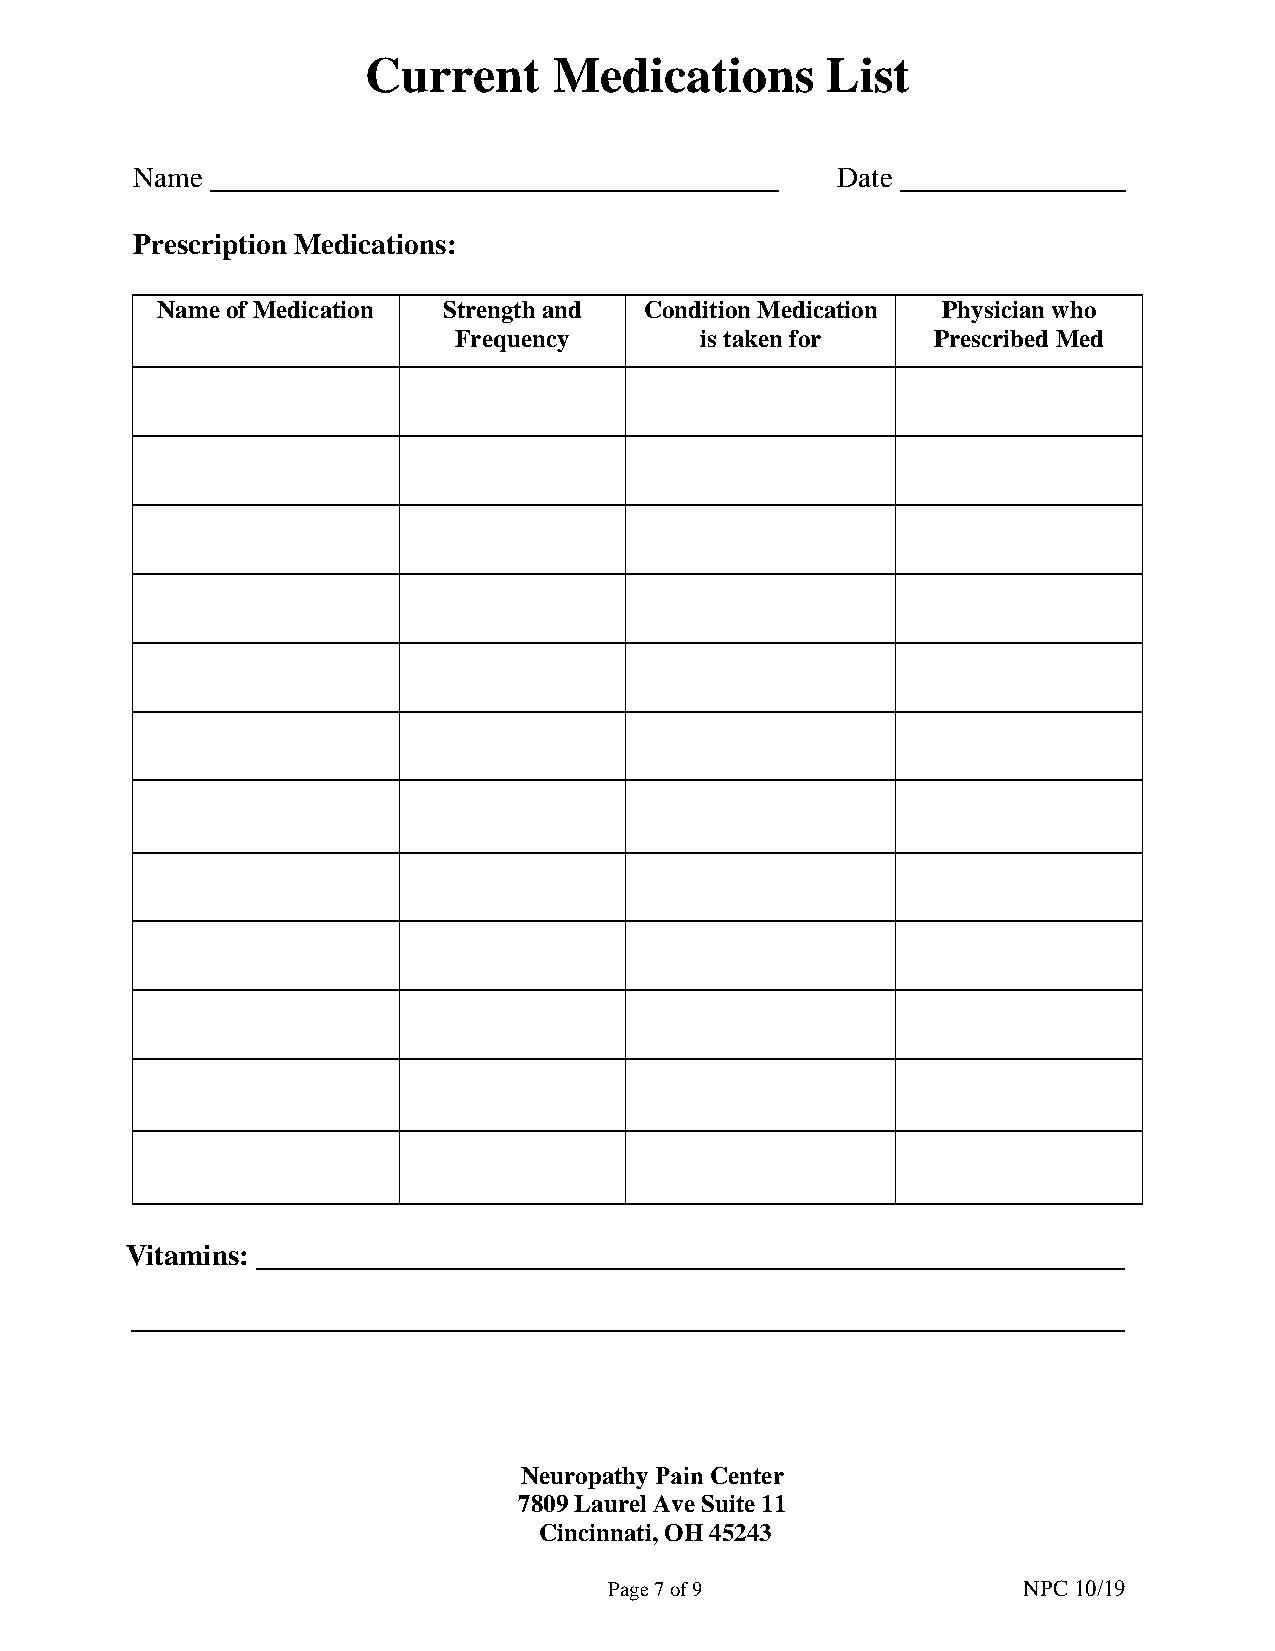
Current      Medications       List
 Name                                          Date
 Prescription Medications:
 Name of Medication Strength and  Condition Medication Physician who
 Frequency       is taken for    Prescribed Med
 Vitamins:
 Neuropathy Pain Center
 7809 Laurel Ave Suite 11
 Cincinnati, OH 45243
 Page 7 of 9                 NPC 10/19